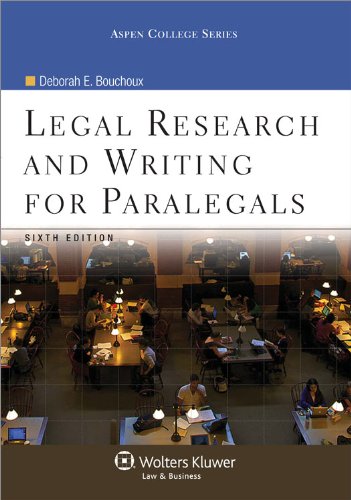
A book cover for Legal Research & Writing for Paralegals, 6th Edition (Aspen College Series); Deborah E. Bouchoux; Law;